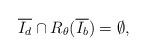
LaTeX: \begin{align*}\overline{I_d}\cap R_\theta (\overline{I_b}) =\emptyset,\end{align*}